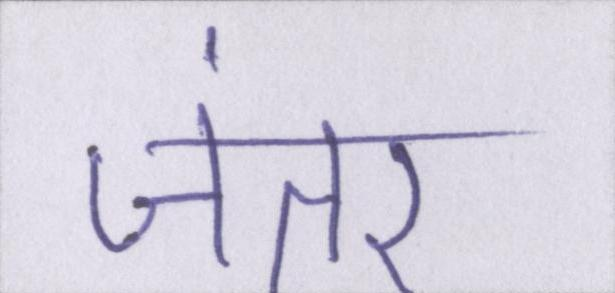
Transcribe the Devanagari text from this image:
जंतर